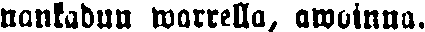
nankadun warrella, awoinna.